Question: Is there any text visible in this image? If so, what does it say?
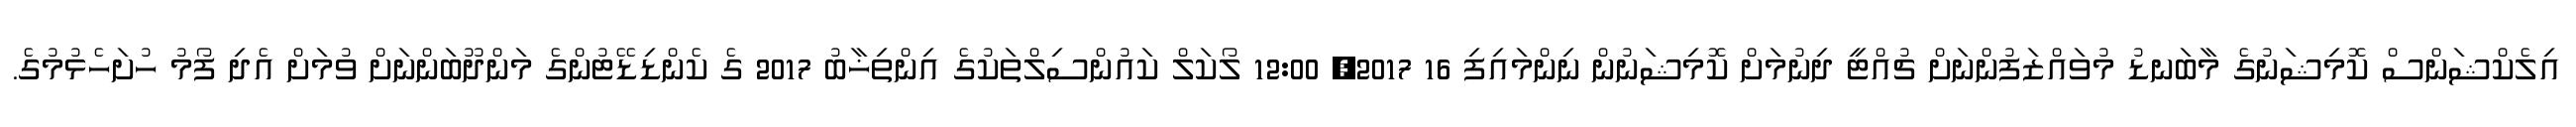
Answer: އިލެކްޝަންސް ކޮމިޝަނުގެ މާބަނޑު މުވައްޒަފުންނަށް ޗުއްޓީ ދިނުމަށް ކޮމިޝަނުން ނިންމައިފި 16 2017, 12:00 ލޯކަލް ކައުންސިލްތަކުގެ އިންތިޚާބު 2017 ގެ ކެންޑިޑޭޓުންގެ މަންދޫބަންނަށް ވުމަށް އެދި ފޯމު ހުށަހެޅުމުގެ.